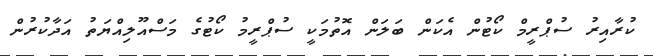
ކުރާއިރު ސުޕްރީމް ކޯޓުން އެކަން ބަލަން އޮތުމަކީ ސުޕްރީމު ކޯޓުގެ މަސްއޫލިއްޔަތު އަދާކުރުން